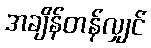
အချိန်တန်လျှင်